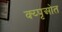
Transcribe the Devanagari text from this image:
क्य्पृओत